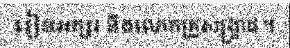
រៀនអក្សរ នឹងលោកគ្រូសង្គ្រាជ ។